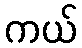
ကယ်